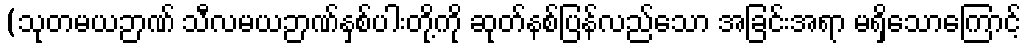
(သုတမယဉာဏ် သီလမယဉာဏ်နှစ်ပါးတို့ကို ဆုတ်နစ်ပြန်လည်သော အခြင်းအရာ မရှိသောကြောင့်